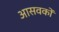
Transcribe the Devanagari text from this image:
आसवकों